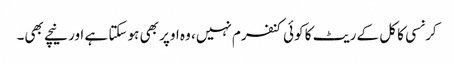
کرنسی کا کل کے ریٹ کا کوئی کنفرم نہیں، وہ اوپر بھی ہو سکتا ہے اور نیچے بھی۔